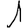
Digit: 1